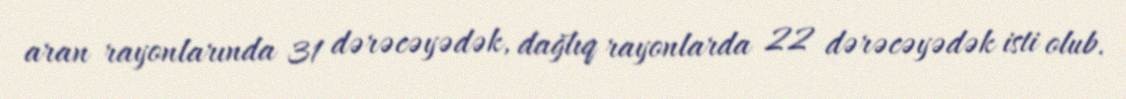
aran rayonlarında 31 dərəcəyədək, dağlıq rayonlarda 22 dərəcəyədək isti olub.